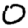
Digit: 0